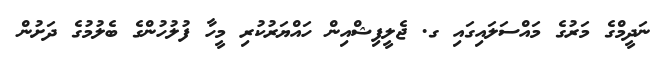
ނަދީމްގެ މަރުގެ މައްސަލައިގައި ގ. ޖެލީފިޝްއިން ހައްޔަރުކުރި މީހާ ފުލުހުންގެ ބެލުމުގެ ދަށުން